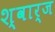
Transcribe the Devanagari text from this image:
श्वार्ज